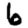
Digit: 6